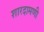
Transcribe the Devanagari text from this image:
शारदामणी